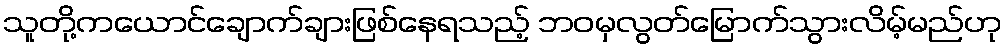
သူတို့ကယောင်ချောက်ချားဖြစ်နေရသည့် ဘဝမှလွတ်မြောက်သွားလိမ့်မည်ဟု